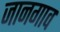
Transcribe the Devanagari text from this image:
जानगाव